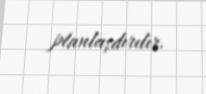
planlaşdırılır.